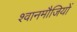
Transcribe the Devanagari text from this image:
श्वानमौजियों